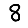
Digit: 8